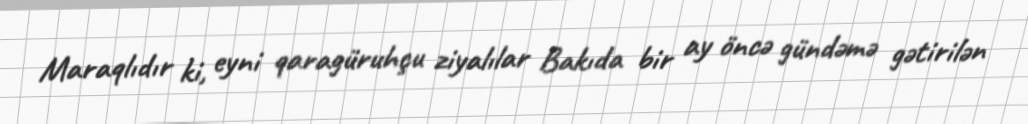
Maraqlıdır ki, eyni qaragüruhçu ziyalılar Bakıda bir ay öncə gündəmə gətirilən